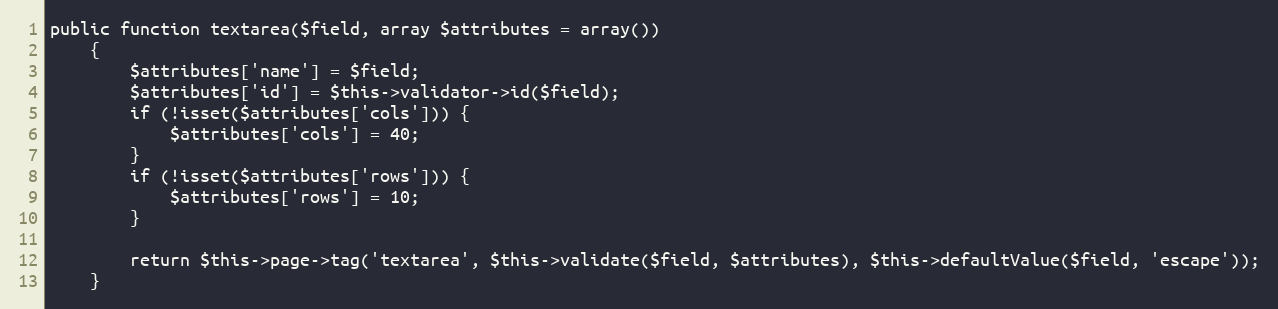
Language: PHP
public function textarea($field, array $attributes = array())
    {
        $attributes['name'] = $field;
        $attributes['id'] = $this->validator->id($field);
        if (!isset($attributes['cols'])) {
            $attributes['cols'] = 40;
        }
        if (!isset($attributes['rows'])) {
            $attributes['rows'] = 10;
        }

        return $this->page->tag('textarea', $this->validate($field, $attributes), $this->defaultValue($field, 'escape'));
    }